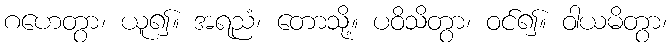
ဂဟေတွာ၊ ယူ၍။ အရညံ၊ တောသို့။ ပဝိသိတွာ၊ ဝင်၍။ ဝါယမိတွာ၊